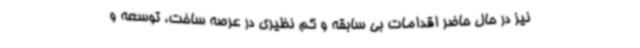
نیز در حال حاضر اقدامات بی سابقه و کم نظیری در عرصه ساخت، توسعه و